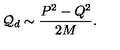
{ \cal Q } _ { d } \sim \frac { P ^ { 2 } - Q ^ { 2 } } { 2 M } .